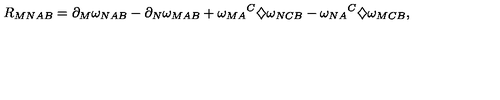
R _ { M N A B } = \partial _ { M } \omega _ { N A B } - \partial _ { N } \omega _ { M A B } + { \omega _ { M A } } ^ { C } \diamondsuit \omega _ { N C B } - { \omega _ { N A } } ^ { C } \diamondsuit \omega _ { M C B } ,